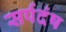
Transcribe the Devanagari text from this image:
सर्पदंष